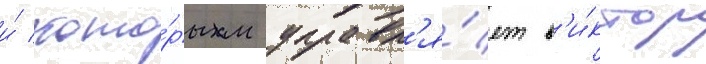
и́ кото́рым управл'я́ет в'и́ктор